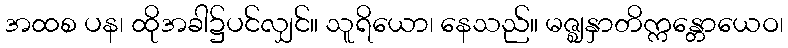
အထစ ပန၊ ထိုအခါ၌ပင်လျှင်။ သူရိယော၊ နေသည်။ မဇ္ဈနှာတိက္ကန္တောယေဝ၊